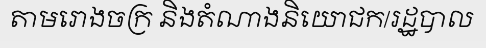
តាមរោងចក្រ និងតំណាងនិយោជក/រដ្ឋបាល